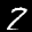
Label: 2